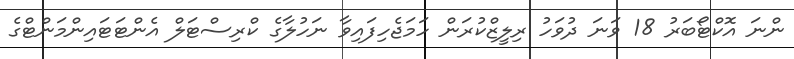
ންނަ އޮކްޓޯބަރު 18 ވަނަ ދުވަހު ރިލީޒްކުރަން ހަމަޖެހިފައިވާ ނަހުލާގެ ކްރިސްޓަލް އެންޓަޓައިންމަންޓްގެ